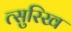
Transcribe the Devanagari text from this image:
त्सुरिख